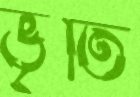
ভৃতি